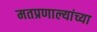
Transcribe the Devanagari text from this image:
मतप्रणाल्यांच्या